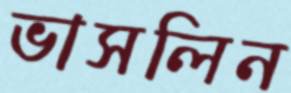
ভাসলিন